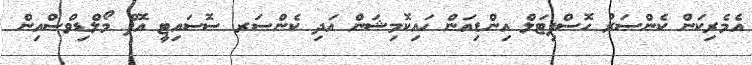
އެމެރިކަން ކެންސަރު ހޮސްޕިޓަލް އިންޑިއަން ހައިކޮމިޝަން އަދި ކެންސަރ ސޮސައިޓީ އޮފް މޯލްޑިވްސްއިން